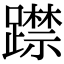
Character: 𨆃